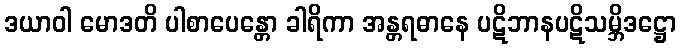
ဒယာဝါ မောဒတိ ပါစာပေန္တော ခါရိကာ အန္တရဓာနေ ပဋိဘာနပဋိသမ္ဘိဒဋ္ဌော